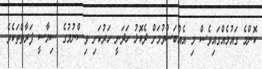
ކޮންމެ ގައުމެއްގައިވެސް މި އެއްބަސްވުމަށް ދެކޮޅު ހަދަނީ ހަރުކަށި ވިސްނުމުގެ ސިޔާސީ ފަރާތްތަކެވެ.